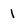
Character: l